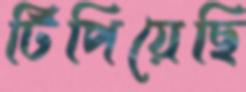
টিপিয়েছি